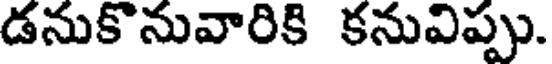
డనుకొనువారికి కనువిప్పు.